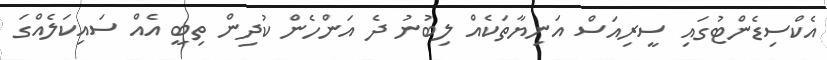
އެކްސިޑެންޓުގައި ސީރިއަސް އަނިޔާތަކެއް ލިބުނު ދެ އަންހެން ކުދިން ތިބީ އެއް ސައިކަލެއްގަ